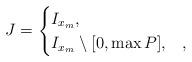
LaTeX: \begin{align*}J=\begin{cases}I_{x_m},&\\I_{x_m}\setminus[0,\max P],&,\end{cases}\end{align*}